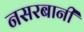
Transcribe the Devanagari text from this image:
नसरबानी